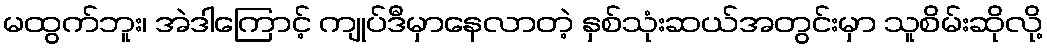
မထွက်ဘူး၊ အဲဒါကြောင့် ကျုပ်ဒီမှာနေလာတဲ့ နှစ်သုံးဆယ်အတွင်းမှာ သူစိမ်းဆိုလို့